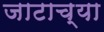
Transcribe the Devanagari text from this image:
जाटाच्या